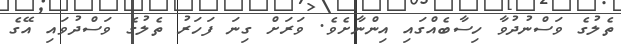
ތެލުގެ ވަސްނުދުވާ ހިސާބެއްގައި އިންނާށެވެ. ވަރަށް ގިނަ ފަހަރު ތެލުގެ ވަސްދުވައި އޭގެ